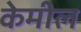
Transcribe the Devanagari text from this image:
केमील